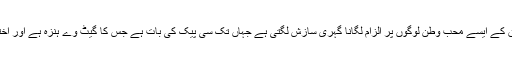
بغیر تحقیق کے ایسے محب وطن لوگوں پر الزام لگانا گہری سازش لگتی ہے جہاں تک سی پیک کی بات ہے جس کا گیٹ وے ہنزہ ہے اور اختتام گوادر۔